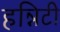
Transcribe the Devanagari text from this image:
हन्निटी